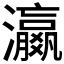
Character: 𬉩